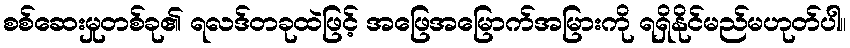
စစ်ဆေးမှုတစ်ခု၏ ရလဒ်တခုထဲဖြင့် အဖြေအမြောက်အမြားကို ရရှိနိုင်မည်မဟုတ်ပါ။